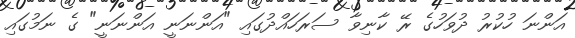
އަންނަ ހުކުރު ދުވަހުގެ ރޭ ކާނިވާ ސަރަހައްދުގައި "އަންނަނީ އަންނަނީ" ގެ ނަމުގައި